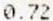
0.72